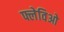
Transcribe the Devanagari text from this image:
फ्लेविओ